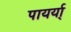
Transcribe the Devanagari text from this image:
पायर्या्